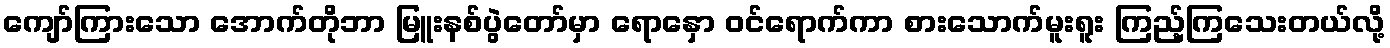
ကျော်ကြားသော အောက်တိုဘာ မြူးနစ်ပွဲတော်မှာ ရောနှော ဝင်ရောက်ကာ စားသောက်မူးရူး ကြည့်ကြသေးတယ်လို့